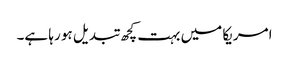
امریکا میں بہت کچھ تبدیل ہو رہا ہے۔